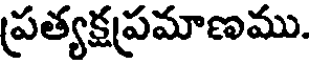
ప్రత్యక్షప్రమాణము.